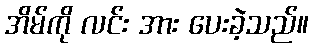
အိမ်ကို လင်း အား ပေးခဲ့သည်။